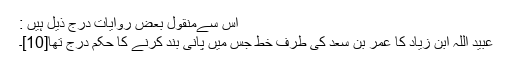
اس سےمنقول بعض روایات درج ذیل ہیں :
عبید اللہ ابن زیاد کا عمر بن سعد کی طرف خط جس میں پانی بند کرنے کا حکم درج تھا[10]۔